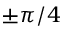
\pm \pi / 4